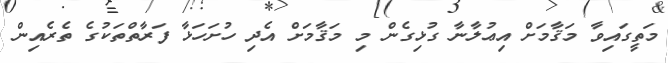
މަތީގައިވާ މަޤާމަށް އިޢުލާނާ ގުޅިގެން މި މަޤާމަށް އެދި ހުށަހަޅާ ފަރާތްތަކުގެ ތެރެއިން